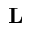
\textbf { L }